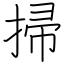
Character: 掃